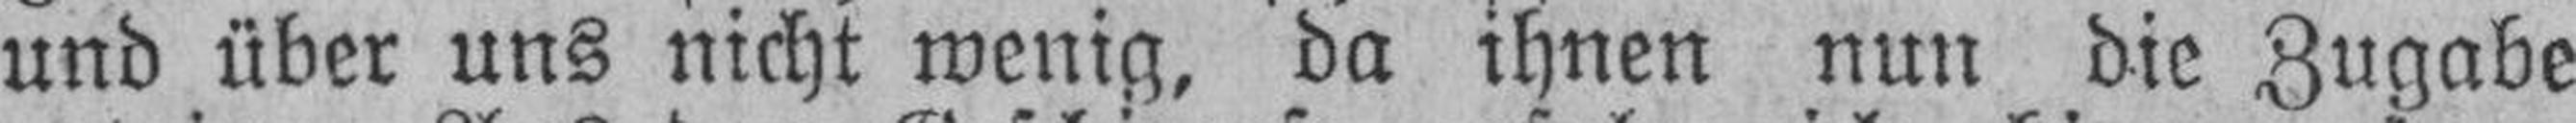
und über uns nicht wenig, da ihnen nun die Zugabe